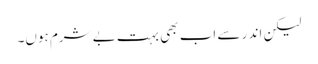
لیکن اند ر سے اب بھی بہت بے شرم ہوں۔